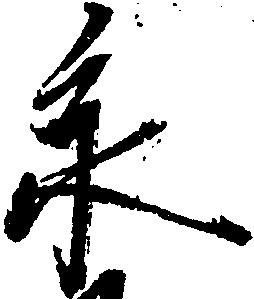
永